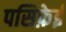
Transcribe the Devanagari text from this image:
पसिफ़ेई